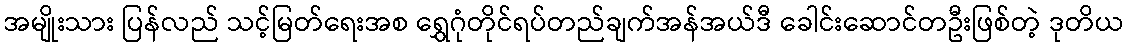
အမျိုးသား ပြန်လည် သင့်မြတ်ရေးအစ ရွှေဂုံတိုင်ရပ်တည်ချက်အန်အယ်ဒီ ခေါင်းဆောင်တဦးဖြစ်တဲ့ ဒုတိယ